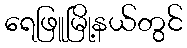
ရေဖြူမြို့နယ်တွင်